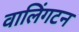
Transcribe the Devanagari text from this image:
वालिंगटन